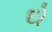
દો